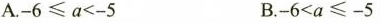
A.-6≤a<-5 B.-6<a≤-5